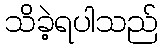
သိခဲ့ရပါသည်